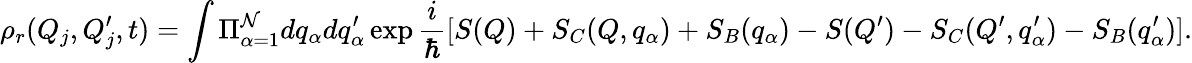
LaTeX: \rho_{r}(Q_{j},Q_{j}^{\prime},t)=\int\Pi_{\alpha=1}^{\mathcal{N}}dq_{\alpha}dq_{\alpha}^{\prime}\exp\frac{{i}}{{\hbar}}[S(Q)+S_{C}(Q,q_{\alpha})+S_{B}(q_{\alpha})-S(Q^{\prime})-S_{C}(Q^{\prime},q_{\alpha}^{\prime})-S_{B}(q_{\alpha}^{\prime})].